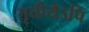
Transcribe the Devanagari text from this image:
तृतीयेऽपि